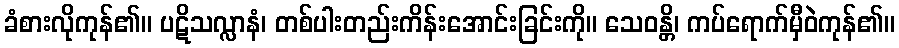
ခံစားလိုကုန်၏။ ပဋိသလ္လာနံ၊ တစ်ပါးတည်းကိန်းအောင်းခြင်းကို။ သေဝန္တိ၊ ကပ်ရောက်မှီဝဲကုန်၏။